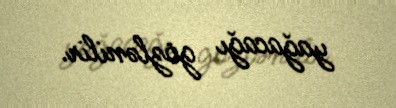
yağacağı gözlənilir.